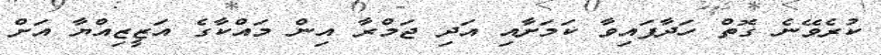
ކުރެވޭނެ ގޮތް ހަދާފައިވާ ކަމަށާއި އަދި ޖަމްރާ އިން މައްކާގެ އަޒީޒިއްޔާ އަށް